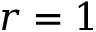
r = 1